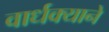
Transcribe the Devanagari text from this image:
वार्धक्याने